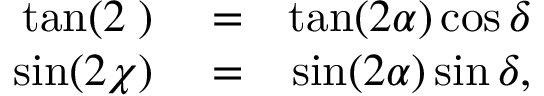
\begin{array} { r l r } { \tan ( 2 { \it \Psi } ) } & { { } = } & { \tan ( 2 \alpha ) \cos \delta } \\ { \sin ( 2 \chi ) } & { { } = } & { \sin ( 2 \alpha ) \sin \delta , } \end{array}